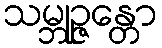
သမ္ဘုဉ္ဇန္တော